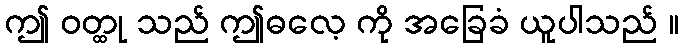
ဤ ဝတ္ထု သည် ဤဓလေ့ ကို အခြေခံ ယူပါသည် ။